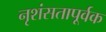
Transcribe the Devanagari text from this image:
नृशंसतापूर्वक